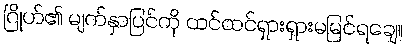
ဂြိုဟ်၏ မျက်နှာပြင်ကို ထင်ထင်ရှားရှားမမြင်ရချေ။